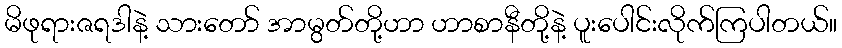
မိဖုရားဇရဒါနဲ့ သားတော် အာမွတ်တို့ဟာ ဟာစာနီတို့နဲ့ ပူးပေါင်းလိုက်ကြပါတယ်။